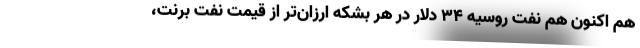
هم اکنون هم نفت روسیه ۳۴ دلار در هر بشکه ارزان‌تر از قیمت نفت برنت،